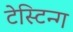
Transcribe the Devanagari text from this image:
टेस्टिन्ग